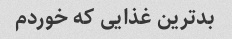
بدترین غذایی که خوردم